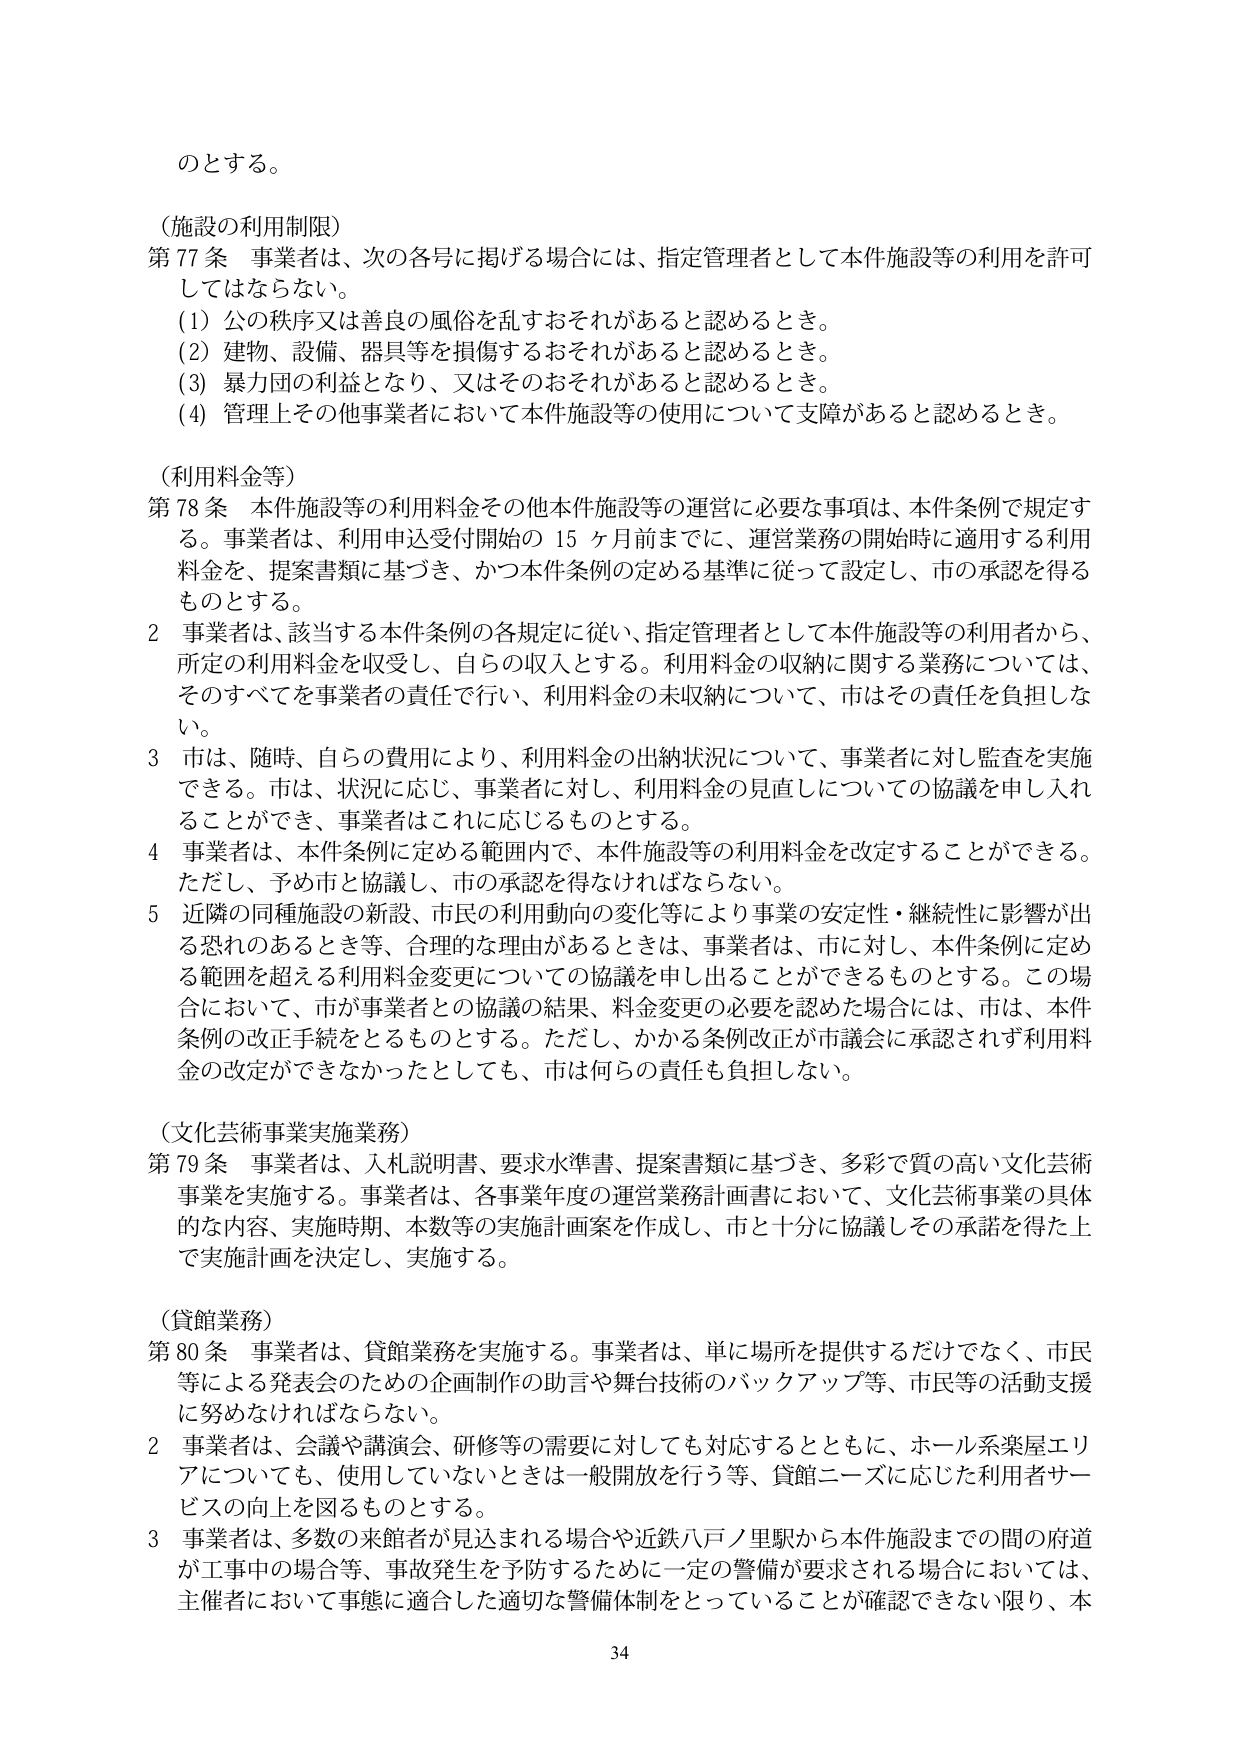
のとする。

（施設の利用制限）
第77条 事業者は、次の各号に掲げる場合には、指定管理者として本件施設等の利用を許可してはならない。
（1）公の秩序又は善良の風俗を乱すおそれがあると認めるとき。
（2）建物、設備、器具等を損傷するおそれがあると認めるとき。
（3）暴力団の利益となり、又はそのおそれがあると認めるとき。
（4）管理上その他事業者において本件施設等の使用について支障があると認めるとき。

（利用料金等）
第78条 本件施設等の利用料金その他本件施設等の運営に必要な事項は、本件条例で規定する。事業者は、利用申込受付開始の15ヶ月前までに、運営業務の開始時に適用する利用料金を、提案書類に基づき、かつ本件条例の定める基準に従って設定し、市の承認を得るものとする。
2 事業者は、該当する本件条例の各規定に従い、指定管理者として本件施設等の利用者から、所定の利用料金を収受し、自らの収入とする。利用料金の収納に関する業務については、そのすべてを事業者の責任で行い、利用料金の未収納について、市はその責任を負担しない。
3 市は、随時、自らの費用により、利用料金の出納状況について、事業者に対し監査を実施できる。市は、状況に応じ、事業者に対し、利用料金の見直しについての協議を申し入れることができ、事業者はこれに応じるものとする。
4 事業者は、本件条例に定める範囲内で、本件施設等の利用料金を改定することができる。ただし、予め市と協議し、市の承認を得なければならない。
5 近隣の同種施設の新設、市民の利用動向の変化等により事業の安定性・継続性に影響が出る恐れのあるとき等、合理的な理由があるときは、事業者は、市に対し、本件条例に定める範囲を超える利用料金変更についての協議を申し出ることができるものとする。この場合において、市が事業者との協議の結果、料金変更の必要を認めた場合には、市は、本件条例の改正手続をとるものとする。ただし、かかる条例改正が市議会に承認されず利用料金の改定ができなかったとしても、市は何らの責任も負担しない。

（文化芸術事業実施業務）
第79条 事業者は、入札説明書、要求水準書、提案書類に基づき、多彩で質の高い文化芸術事業を実施する。事業者は、各事業年度の運営業務計画書において、文化芸術事業の具体的な内容、実施時期、本数等の実施計画案を作成し、市と十分に協議しその承諾を得た上で実施計画を決定し、実施する。

（貸館業務）
第80条 事業者は、貸館業務を実施する。事業者は、単に場所を提供するだけではなく、市民等による発表会のための企画制作の助言や舞台技術のバックアップ等、市民等の活動支援に努めなければならない。
2 事業者は、会議や講演会、研修等の需要に対しても対応するとともに、ホール系楽屋エリアについても、使用していないときは一般開放を行う等、貸館ニーズに応じた利用者サービスの向上を図るものとする。
3 事業者は、多数の来館者が見込まれる場合や近鉄八戸ノ里駅から本件施設までの間の府道が工事中の場合等、事故発生を予防するために一定の警備が要求される場合においては、主催者において事態に適合した適切な警備体制をとっていることが確認できない限り、本

34